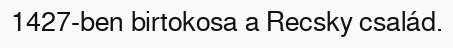
1427-ben birtokosa a Recsky család.